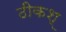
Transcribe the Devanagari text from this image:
ठीकश्